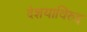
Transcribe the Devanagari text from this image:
देशयाविरुद्द